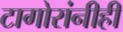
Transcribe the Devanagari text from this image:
टागोरांनीही